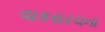
વાકયરચના